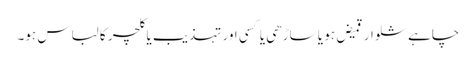
چاہے شلوار قمیض ہو یا ساڑھی یا کسی اور تہذیب یا کلچر کا لباس ہو۔